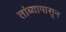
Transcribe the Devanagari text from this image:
तांब्यापासून